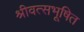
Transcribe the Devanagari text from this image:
श्रीवत्सभूषित